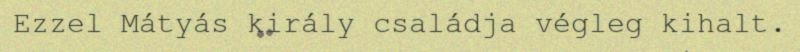
Ezzel Mátyás király családja végleg kihalt.